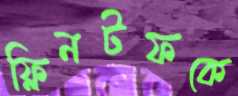
ফ্লিনটফকে